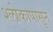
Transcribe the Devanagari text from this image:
श्लोकापासून